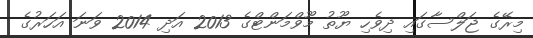
މިރޭގެ ޖަލްސާގައިި ދިވެހި ޔޫތު މޫވްމަންޓްގެ 2013 އަދި 2014 ވަނަ އަހަރުގެ